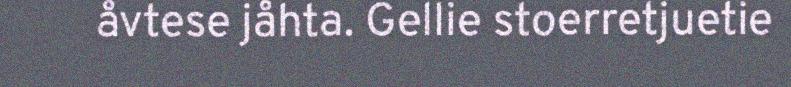
åvtese jåhta. Gellie stoerretjuetie